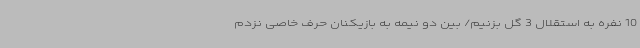
10 نفره به استقلال 3 گل بزنیم/ بین دو نیمه به بازیکنان حرف خاصی نزدم